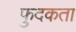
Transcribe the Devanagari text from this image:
फुदकता